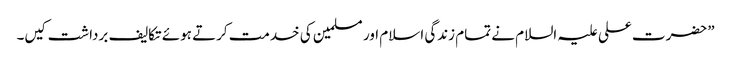
”حضرت علی علیہ السلام نے تمام زندگی اسلام اور مسلمین کی خدمت کرتے ہوئے تکالیف برداشت کیں۔